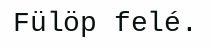
Fülöp felé.